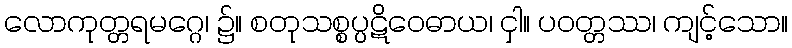
လောကုတ္တရမဂ္ဂေ၊ ၌။ စတုသစ္စပ္ပဋိဝေဓာယ၊ ငှါ။ ပဝတ္တဿ၊ ကျင့်သော။